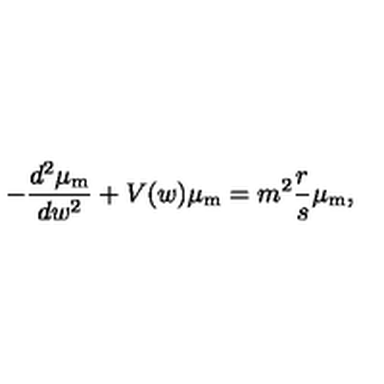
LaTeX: - \frac { d ^ { 2 } \mu _ { \mathrm { m } } } { d w ^ { 2 } } + V ( w ) \mu _ { \mathrm { m } } = m ^ { 2 } \frac { r } { s } \mu _ { \mathrm { m } } ,